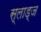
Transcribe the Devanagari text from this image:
स्लाड्ज